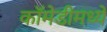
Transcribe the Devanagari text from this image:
कॉमेडीमध्ये